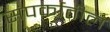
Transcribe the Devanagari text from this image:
संपर्कातील